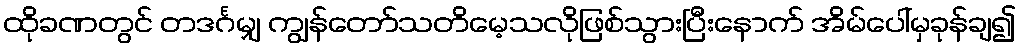
ထိုခဏတွင် တဒင်္ဂမျှ ကျွန်တော်သတိမေ့သလိုဖြစ်သွားပြီးနောက် အိမ်ပေါ်မှခုန်ချ၍